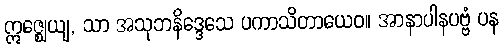
ဣဇ္ဈေယျ, သာ အသုဘနိဒ္ဒေသေ ပကာသိတာယေဝ။ အာနာပါနပဗ္ဗံ ပန